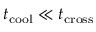
t _ { \mathrm { c o o l } } \ll t _ { \mathrm { c r o s s } }